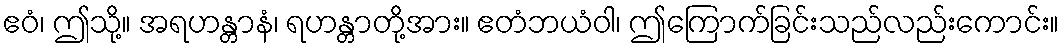
ဧဝံ၊ ဤသို့။ အရဟန္တာနံ၊ ရဟန္တာတို့အား။ ဧတံဘယံဝါ၊ ဤကြောက်ခြင်းသည်လည်းကောင်း။